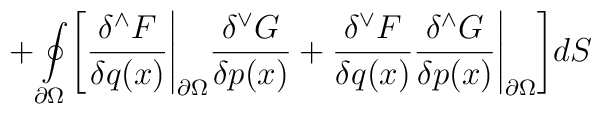
+\oint\limits_{\partial {\Omega}} \Biggl[ {{\delta^{\wedge} F}\over{\delta q(x)}}\Bigg\vert _{\partial {\Omega}}{{\delta^{\vee} G} \over{\delta p(x)}}+ {{\delta^{\vee} F}\over {\delta q(x)}}{{\delta^{\wedge} G} \over {\delta p(x)}}\Bigg\vert _{\partial {\Omega}}\Biggr] dS